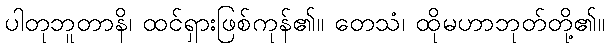
ပါတုဘူတာနိ၊ ထင်ရှားဖြစ်ကုန်၏။ တေသံ၊ ထိုမဟာဘုတ်တို့၏။